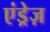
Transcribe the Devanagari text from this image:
एंड्रेज़